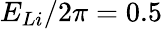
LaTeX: E_{Li}/2\pi=0.5